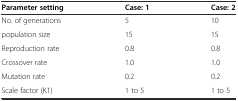
<table><thead><tr><td><b>Parameter setting</b></td><td><b>Case: 1</b></td><td><b>Case: 2</b></td></tr></thead><tbody><tr><td>No. of generations</td><td>5</td><td>10</td></tr><tr><td>population size</td><td>15</td><td>15</td></tr><tr><td>Reproduction rate</td><td>0.8</td><td>0.8</td></tr><tr><td>Crossover rate</td><td>1.0</td><td>1.0</td></tr><tr><td>Mutation rate</td><td>0.2</td><td>0.2</td></tr><tr><td>Scale factor (K1)</td><td>1 to 5</td><td>1 to 5</td></tr></tbody></table>